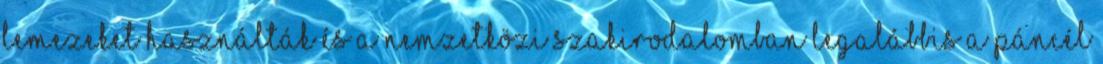
lemezeket használták és a nemzetközi szakirodalomban legalábbis a páncél